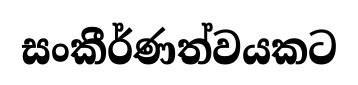
සංකීර්ණත්වයකට